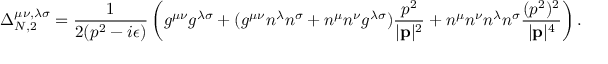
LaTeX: \Delta _ { N , 2 } ^ { \mu \nu , \lambda \sigma } = \frac { 1 } { 2 ( p ^ { 2 } - i \epsilon ) } \left( g ^ { \mu \nu } g ^ { \lambda \sigma } + ( g ^ { \mu \nu } n ^ { \lambda } n ^ { \sigma } + n ^ { \mu } n ^ { \nu } g ^ { \lambda \sigma } ) \frac { p ^ { 2 } } { | { \bf p } | ^ { 2 } } + n ^ { \mu } n ^ { \nu } n ^ { \lambda } n ^ { \sigma } \frac { ( p ^ { 2 } ) ^ { 2 } } { | { \bf p } | ^ { 4 } } \right) .